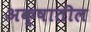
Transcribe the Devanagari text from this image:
अक्षातील